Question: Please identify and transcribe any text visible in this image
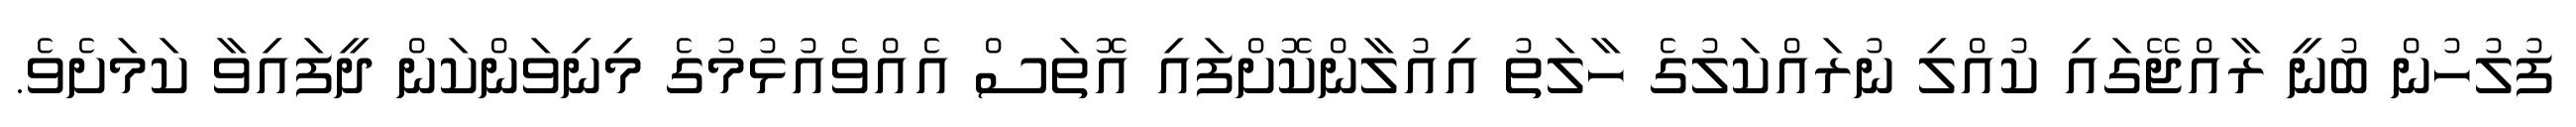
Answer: ފުލުހުން ބުނީ ރާއްޖޭގައި ކުއްލި ނުރައްކަލުގެ ހާލަތު އިއުލާންކޮށްފައި އޮތަސް އެއްވެއުޅުމުގެ މިނިވަންކަން ދީފައިވާ ކަމަށެވެ.